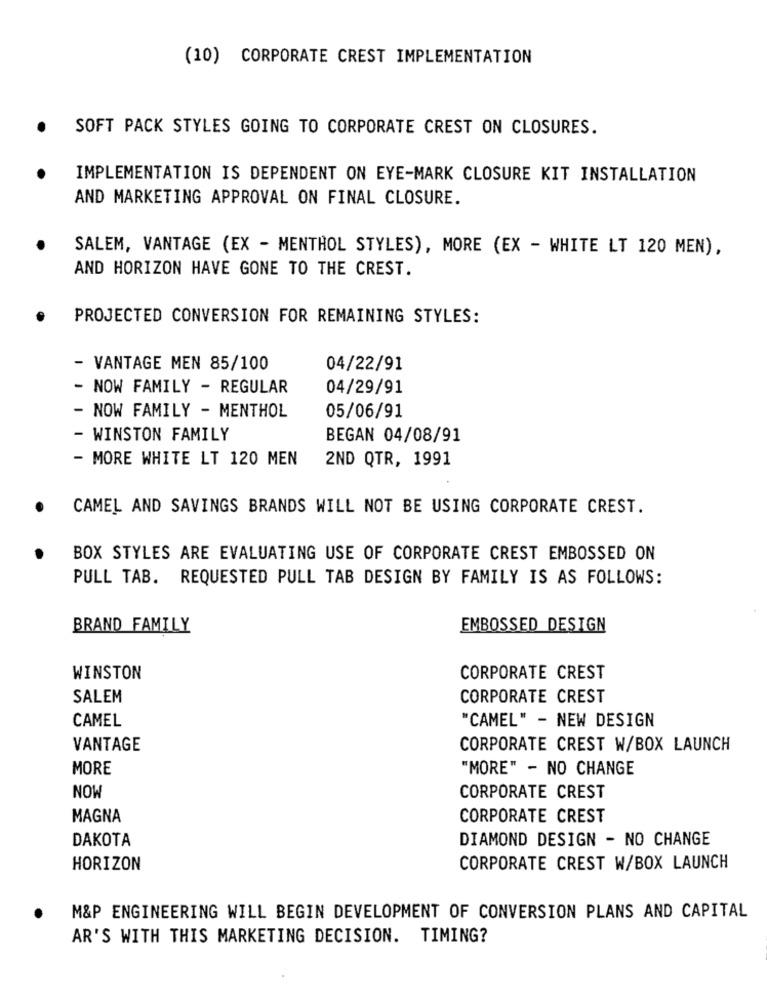
(10) CORPORATE CREST IMPLEMENTATION
.
SOFT PACK STYLES GOING TO CORPORATE CREST ON CLOSURES.
IMPLEMENTATION IS DEPENDENT ON EYE-MARK CLOSURE KIT INSTALLATION
AND MARKETING APPROVAL ON FINAL CLOSURE.
SALEM, VANTAGE (EX - MENTHOL STYLES), MORE (EX - WHITE LT 120 MEN),
AND HORIZON HAVE GONE TO THE CREST.
.
PROJECTED CONVERSION FOR REMAINING STYLES:
- VANTAGE MEN 85/100
04/22/91
- NOW FAMILY - REGULAR
04/29/91
- NOW FAMILY - MENTHOL
05/06/91
- WINSTON FAMILY
BEGAN 04/08/91
- MORE WHITE LT 120 MEN
2ND QTR, 1991
CAMEL AND SAVINGS BRANDS WILL NOT BE USING CORPORATE CREST.
BOX STYLES ARE EVALUATING USE OF CORPORATE CREST EMBOSSED ON
PULL TAB. REQUESTED PULL TAB DESIGN BY FAMILY IS AS FOLLOWS:
BRAND FAMILY
EMBOSSED DESIGN
WINSTON
CORPORATE CREST
SALEM
CORPORATE CREST
CAMEL
"CAMEL" - NEW DESIGN
VANTAGE
CORPORATE CREST W/BOX LAUNCH
MORE
"MORE" - NO CHANGE
NOW
CORPORATE CREST
MAGNA
CORPORATE CREST
DAKOTA
DIAMOND DESIGN - NO CHANGE
HORIZON
CORPORATE CREST W/BOX LAUNCH
M&P ENGINEERING WILL BEGIN DEVELOPMENT OF CONVERSION PLANS AND CAPITAL
AR'S WITH THIS MARKETING DECISION. TIMING?